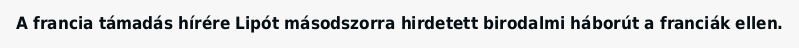
A francia támadás hírére Lipót másodszorra hirdetett birodalmi háborút a franciák ellen.